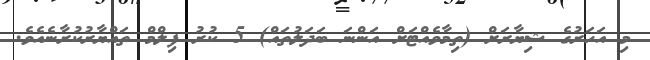
މި އަހަރުގެ ޝިޔާރަށް (ތިމާވެއްޓަށް އަންނަ ބަދަލުތައް) 5 ކުރު ފިލްމް ތައްޔާރުކުރާނެއެވެ.